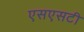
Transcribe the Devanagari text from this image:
एसएसटी